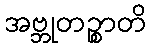
အဗ္ဘုတဉ္စာတိ